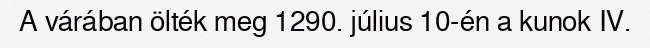
A várában ölték meg 1290. július 10-én a kunok IV.